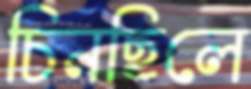
চিনছিলে